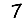
Digit: 7